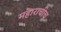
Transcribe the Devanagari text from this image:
महाराचीच